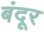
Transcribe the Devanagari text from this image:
बंदूर